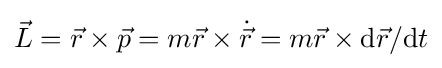
{\vec {L}}={\vec {r}}\times {\vec {p}}=m{\vec {r}}\times {\dot {\vec {r}}}=m{\vec {r}}\times \mathrm {d} {\vec {r}}/\mathrm {d} t